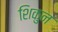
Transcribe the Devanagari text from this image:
शिकुन